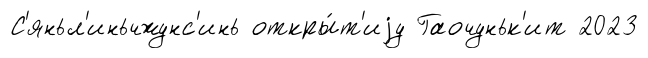
С'яньл'иньчжунс'инь откры́т'иjу Гаочуньк'ит 2023